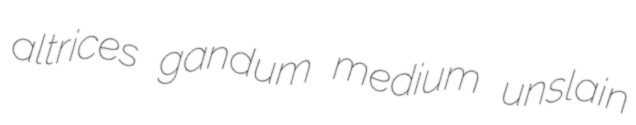
altrices gandum medium unslain